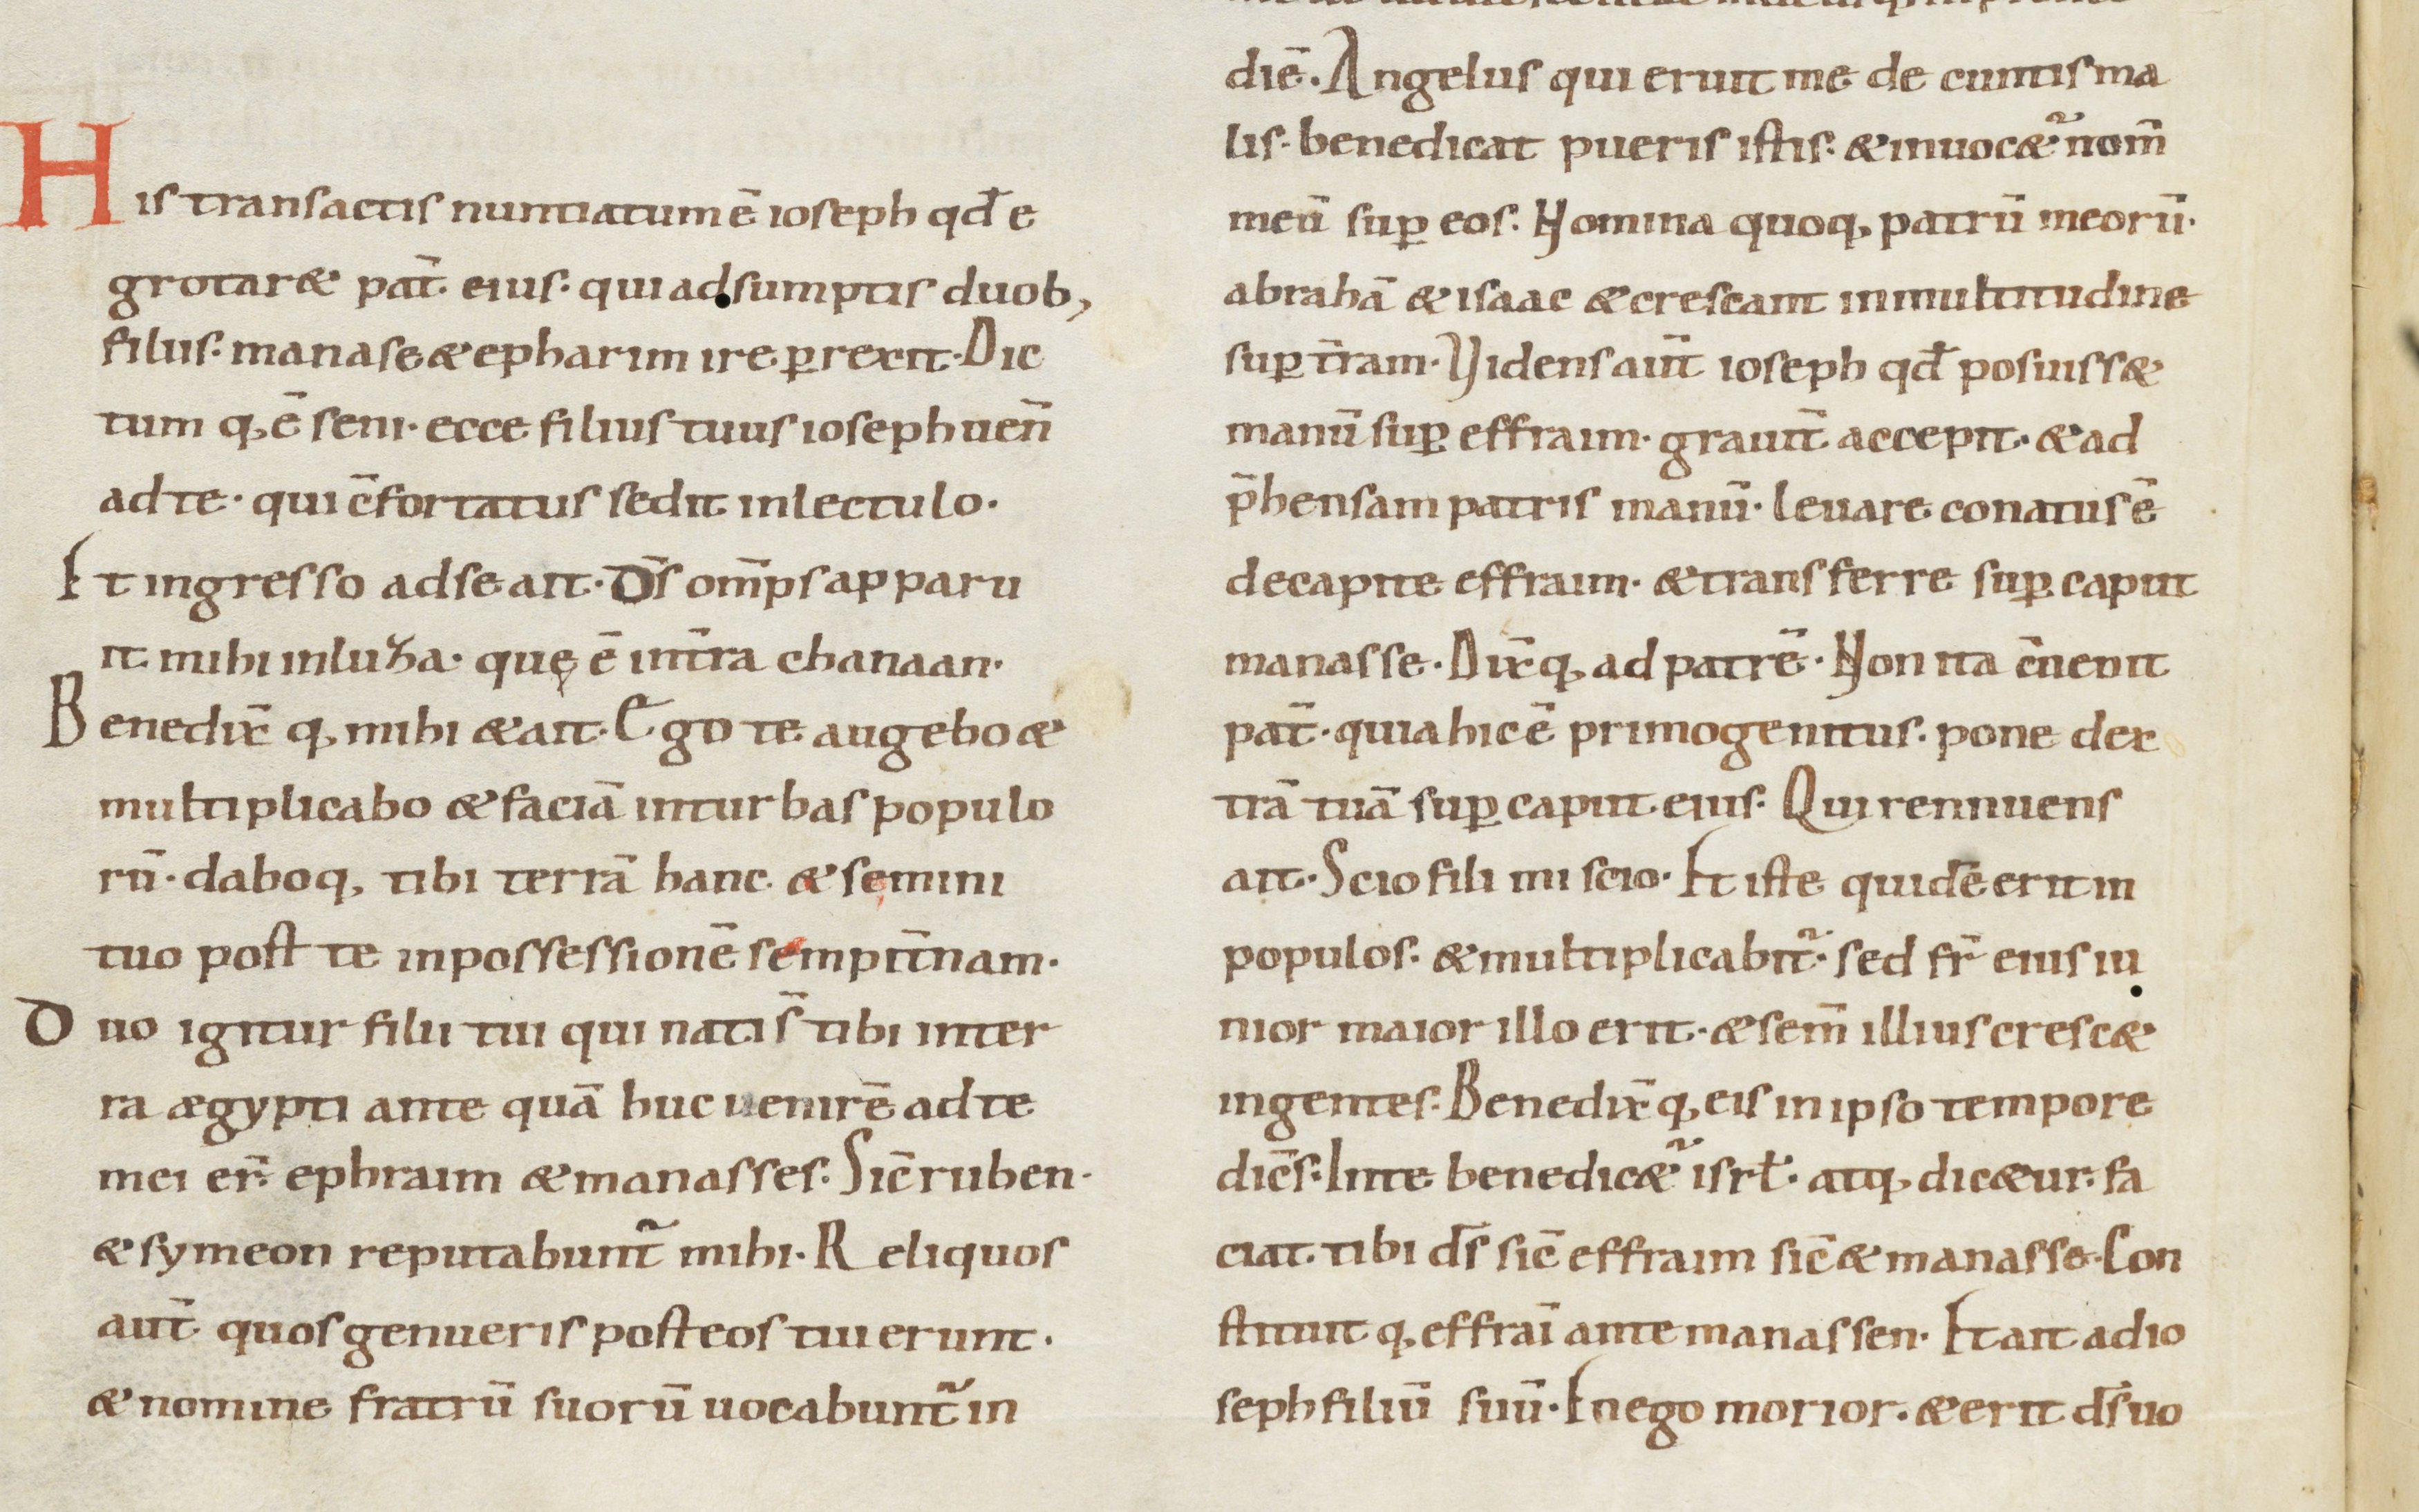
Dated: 900–999